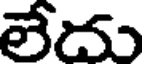
లేదు